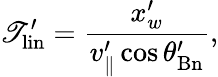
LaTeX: \mathscr{T}_{\mathrm{{{lin}}}}^{\prime}=\frac{{x_{w}^{\prime}}}{{v_{\parallel}^{\prime}\cos\theta_{\mathrm{{Bn}}}^{\prime}}},